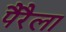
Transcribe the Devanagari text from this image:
पैरैला